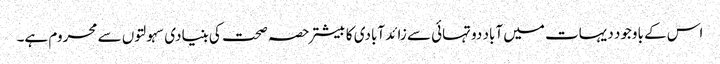
اس کے باوجود دیہات میں آباد دو تہائی سے زائد آبادی کا بیشتر حصہ صحت کی بنیادی سہولتوں سے محروم ہے۔